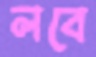
লবে